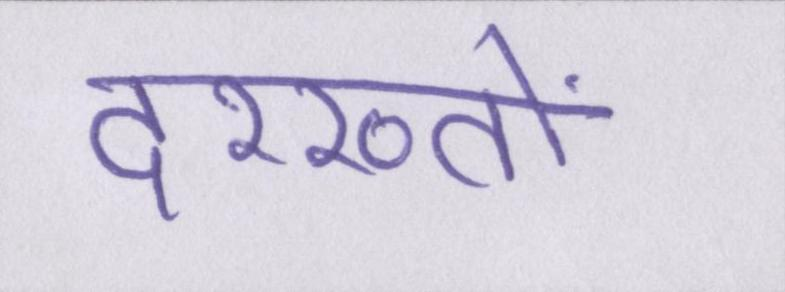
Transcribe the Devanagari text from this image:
दरख्तों